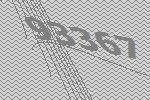
93367